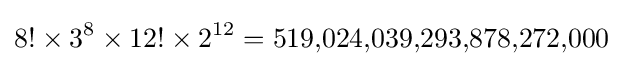
{8!\times 3^{8}\times 12!\times 2^{12}}=519{,}024{,}039{,}293{,}878{,}272{,}000